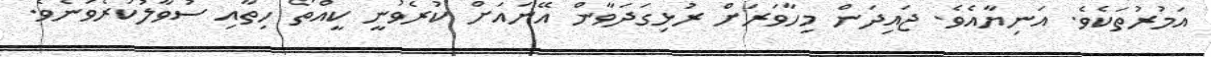
އަމުރުތަކެވެ. އަނިޔާއެވެ. ޖައިދަން މިހާވަރަށް ރުޅިގަދަވާން އޭނައަށް ކުރެވުނީ ކީއްތޯ ހިތާއި ސުވާލުކުރެވުނެވެ.